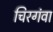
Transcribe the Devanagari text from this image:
चिरगंवा